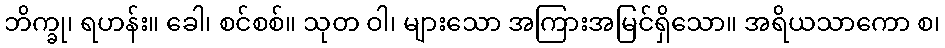
ဘိက္ခု၊ ရဟန်း။ ခေါ၊ စင်စစ်။ သုတ ဝါ၊ များသော အကြားအမြင်ရှိသော။ အရိယသာကော စ၊